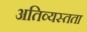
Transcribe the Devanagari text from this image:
अतिव्यस्तता